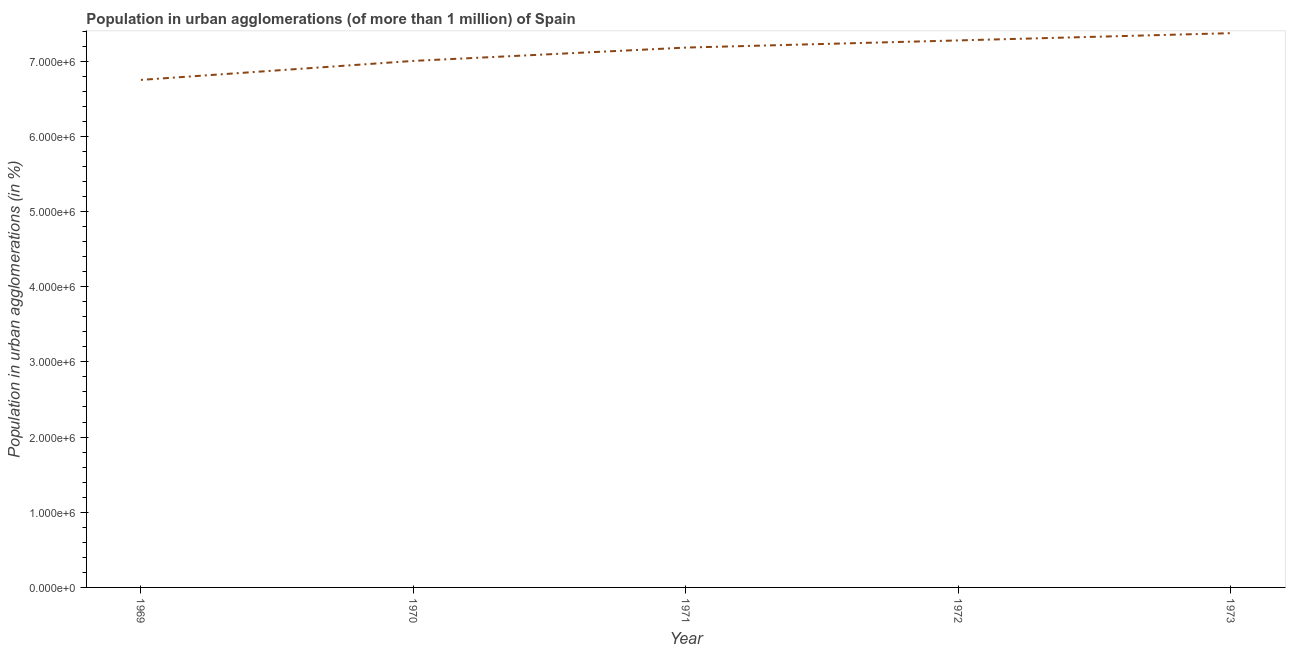
| Year | Population in urban agglomerations |
 | --- | --- |
 | 1969 | 6.75e+06 |
 | 1970 | 7e+06 |
 | 1971 | 7.18e+06 |
 | 1972 | 7.28e+06 |
 | 1973 | 7.37e+06 |